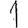
Digit: 1